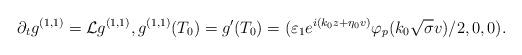
LaTeX: \begin{align*}\partial_tg^{(1,1)}=\mathcal{L}g^{(1,1)},g^{(1,1)}(T_0)=g'(T_0)=(\varepsilon_1e^{ i(k_0z+\eta_0v)}\varphi_p(k_0\sqrt{\sigma}v)/2,0,0).\end{align*}